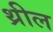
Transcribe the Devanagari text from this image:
थ्रील